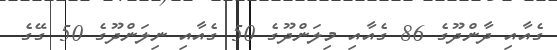
ގެއާއި ދާންދޫގެ 86 ގެއާއި މިލަންދޫގެ 50 ގެއާއި ނިލަންދޫގެ 50 ގޭގެ